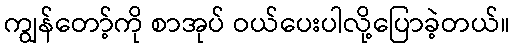
ကျွန်တော့်ကို စာအုပ် ဝယ်ပေးပါလို့ပြောခဲ့တယ်။